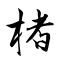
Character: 楮